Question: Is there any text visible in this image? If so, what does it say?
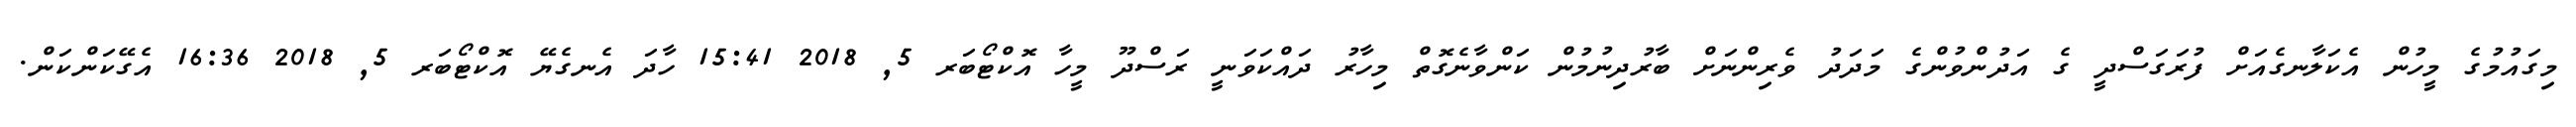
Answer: މިގައުމުގެ މީހުން އެކަލާނގެއަށް ފުރަގަސްދީ ގެ އަދުންވުންގެ މަދަދު ވެރިންނަށް ބާރުދިނުމުން ކަންވާނެގޮތް މިހާރު ދައްކަވަނީ ރަސްދޫ މީހާ އޮކްޓޯބަރ 5, 2018 15:41 ހާދަ އެނގެޔޭ އޮކްޓޯބަރ 5, 2018 16:36 އެގޭކަންކަން.